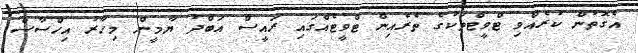
އެގޮތުން ކުރެއްވި ޓްވީޓްތަކުގެ ތެރެއިން ޓްވީޓެއްގައި ރައީސް އަބްދު ޔާމީން މިހާރު އިހްސާސް